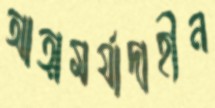
আত্মমর্যাদাহীন